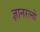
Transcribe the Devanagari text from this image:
ज्ञानरत्नों